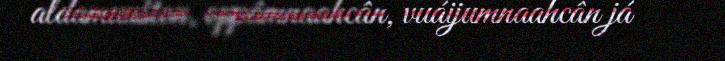
aldamuušton, oppâmnaahcân, vuáijumnaahcân já